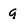
Character: q